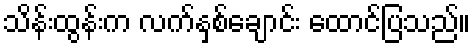
သိန်းထွန်းက လက်နှစ်ချောင်း ထောင်ပြသည်။